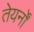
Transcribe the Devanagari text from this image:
तेयर्नों